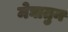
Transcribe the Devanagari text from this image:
मेघातुन